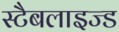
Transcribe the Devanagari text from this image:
स्टैबलाइज्ड